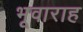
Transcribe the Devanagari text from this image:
भूवाराह